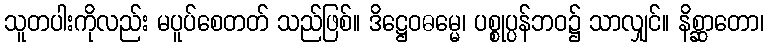
သူတပါးကိုလည်း မပူပ်စေတတ် သည်ဖြစ်။ ဒိဋ္ဌေဝဓမ္မေ၊ ပစ္စုပ္ပန်ဘဝ၌ သာလျှင်။ နိစ္ဆာတော၊